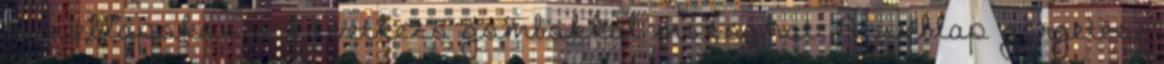
A weblapokon a következő gombokkal mozoghat: A weblap görgetése